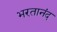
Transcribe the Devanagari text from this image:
भरतानंद